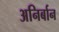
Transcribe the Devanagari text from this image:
अनिर्बान